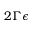
2 \Gamma \epsilon